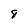
Character: 8